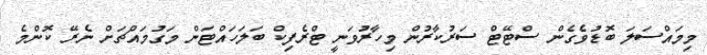
މިމައްސަލަ ބޮޑުވެގެން ސްޓޭޓް ސަރުކާރުން މިހާރުވަނީ ޓްރެފިކް ބަލަހައްޓަން މަގުމައްޗަށް ނެރޭ ކޮންމެ